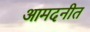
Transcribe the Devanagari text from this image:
आमदनीत